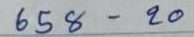
758 - 20